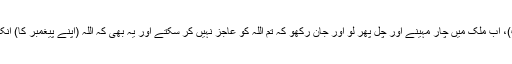
جاوید احمد غامدی سو (اے مشرکین عرب)، اب ملک میں چار مہینے اور چل پھر لو اور جان رکھو کہ تم اللہ کو عاجز نہیں کر سکتے اور یہ بھی کہ اللہ (اپنے پیغمبر کا) انکار کرنے والوں کو رسوا کر کے رہے گا۔